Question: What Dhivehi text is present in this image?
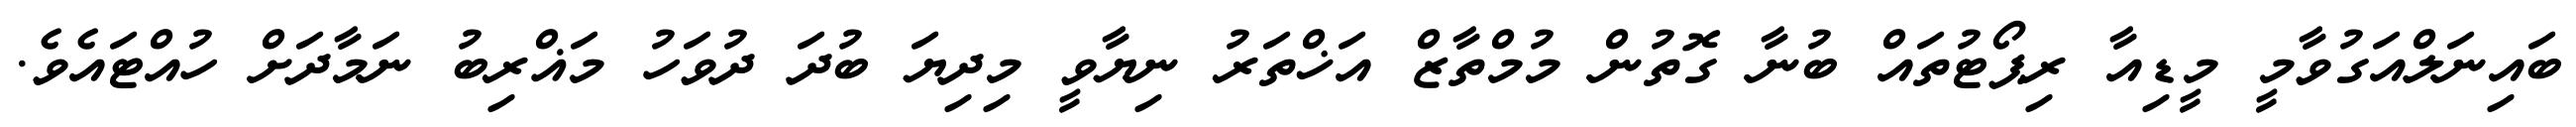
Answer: ބައިނަލްއަގުވާމީ މީޑިއާ ރިޕޯޓުތައް ބުނާ ގޮތުން މުމްތާޒް އަޚްތަރު ނިޔާވީ މިދިޔަ ބުދަ ދުވަހު މަޣްރިބު ނަމާދަށް ހުއްޓައެވެ.